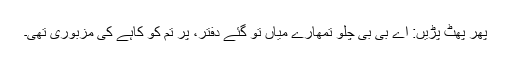
پھر پھٹ پڑیں: اے بی بی چلو تمھارے میاں تو گئے دفتر، پر تم کو کاہے کی مزبوری تھی۔